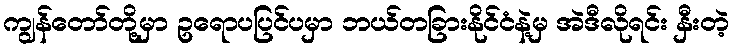
ကျွန်တော်တို့မှာ ဥရောပပြင်ပမှာ ဘယ်တခြားနိုင်ငံနဲ့မှ အဲဒီလိုရင်း နှီးတဲ့